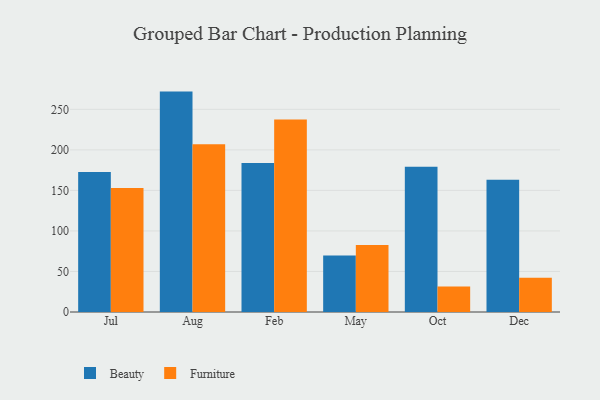
{"axis": {"x": "Month", "y": "Bounce Rate (%)"}, "legend": ["Beauty", "Furniture"], "data": [{"x": "Jul", "y": 172.6, "type": "Beauty"}, {"x": "Jul", "y": 153.0, "type": "Furniture"}, {"x": "Aug", "y": 271.9, "type": "Beauty"}, {"x": "Aug", "y": 207.1, "type": "Furniture"}, {"x": "Feb", "y": 183.7, "type": "Beauty"}, {"x": "Feb", "y": 237.4, "type": "Furniture"}, {"x": "May", "y": 69.8, "type": "Beauty"}, {"x": "May", "y": 82.7, "type": "Furniture"}, {"x": "Oct", "y": 179.1, "type": "Beauty"}, {"x": "Oct", "y": 31.6, "type": "Furniture"}, {"x": "Dec", "y": 163.0, "type": "Beauty"}, {"x": "Dec", "y": 42.3, "type": "Furniture"}]}